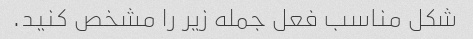
شکل مناسب فعل جمله زیر را مشخص کنید.